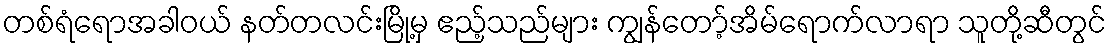
တစ်ရံရောအခါဝယ် နတ်တလင်းမြို့မှ ဧည့်သည်များ ကျွန်တော့်အိမ်ရောက်လာရာ သူတို့ဆီတွင်